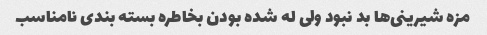
مزه شیرینی‌ها بد نبود ولی له شده بودن بخاطره بسته بندی نامناسب